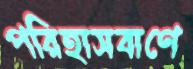
পরিহাসবাণে